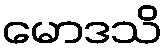
မောဒသိ